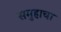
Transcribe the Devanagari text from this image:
समुहाचा